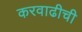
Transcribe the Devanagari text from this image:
करवाढीची